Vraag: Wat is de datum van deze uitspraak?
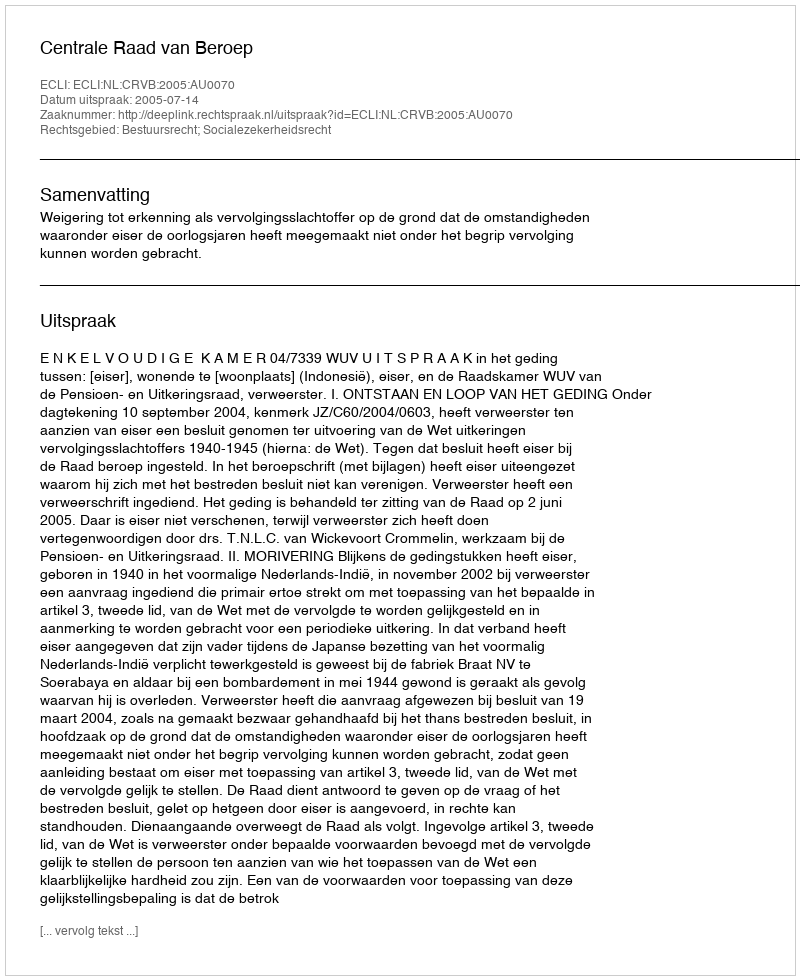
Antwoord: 2005-07-14